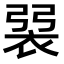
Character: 𧙭